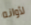
لأوانه